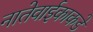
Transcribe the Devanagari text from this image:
नातेवाईकाकडे